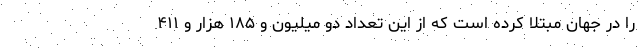
را در جهان مبتلا کرده است که از این تعداد دو میلیون و ۱۸۵ هزار و ۴۱۱